Elephants and their diseases
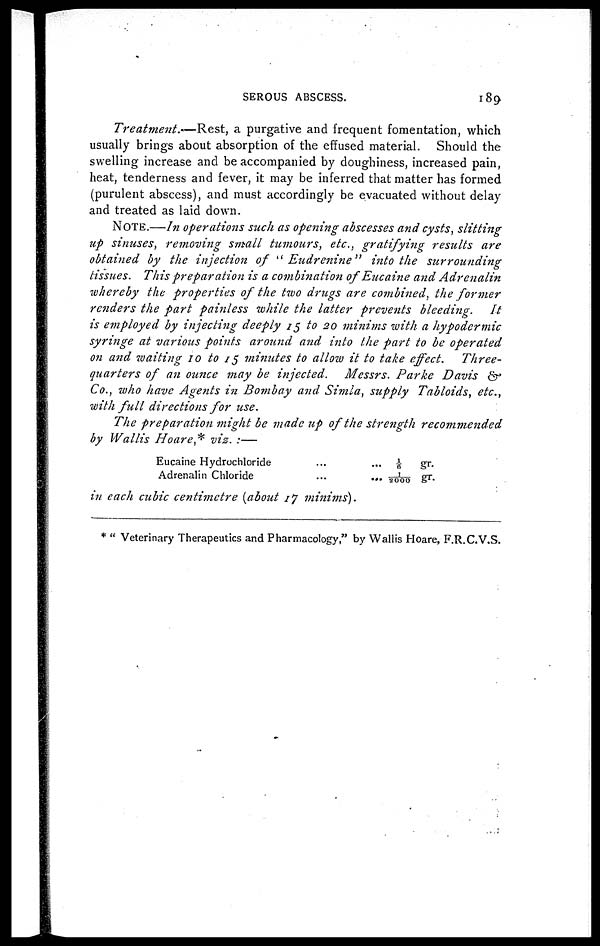
SEROUS ABSCESS.
189
Treatment.—Rest,
a purgative and frequent fomentation, which
usually brings about absorption of the effused material. Should the
swelling increase and be accompanied by doughiness, increased pain,
heat, tenderness and fever, it may be inferred that matter has formed
(purulent abscess), and must accordingly be evacuated without delay
and treated as laid down.
NOTE.—In operations such as opening abscesses and cysts, slitting
up sinuses, removing small tumours, etc., gratifying results are
obtained by the injection of " Eudrenine"
into the
surrounding
tissues. This preparation is a combination of Eucaine and Adrenalin
whereby the properties of the two drugs are combined, the former
renders the part painless while the latter prevents bleeding.
It
is employed by injecting deeply 15 to 20 minims with a hypodermic
syringe at various points around and into the part to be operated
on and waiting 10 to 15 minutes to allow it to take effect.
Three-
quarters of an ounce may be injected.
Messrs. Parke Davis &
Co., who have Agents in Bombay and Simla, supply Tabloids, etc.,
with full directions for use.
The preparation might be made up of the strength
recommended
by Wallis Hoare* viz. :—
Eucaine Hydrochloride
Adrenalin Chloride
... 1/6 fc gr.
... 1/2000 gr.
in each cubic centimetre (about 17 minims).
* " Veterinary Therapeutics and Pharmacology," by Wallis Hoare, F.R.C.V.S.